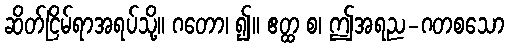
ဆိတ်ငြိမ်ရာအရပ်သို့။ ဂတော၊ ၍။ ဧတ္ထ စ၊ ဤအရည-ဂတစသော